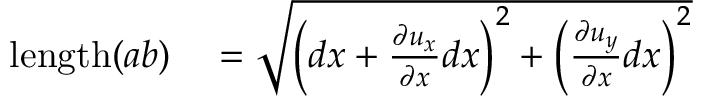
{ \begin{array} { r l } { \mathrm { l e n g t h } ( a b ) } & { { } = { \sqrt { \left( d x + { \frac { \partial u _ { x } } { \partial x } } d x \right) ^ { 2 } + \left( { \frac { \partial u _ { y } } { \partial x } } d x \right) ^ { 2 } } } } \end{array} } \,